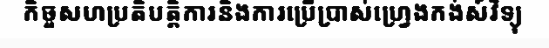
កិច្ចសហប្រតិបត្តិការនិងការប្រើប្រាស់ហ្វ្រេងកង់ស៍វិទ្យុ